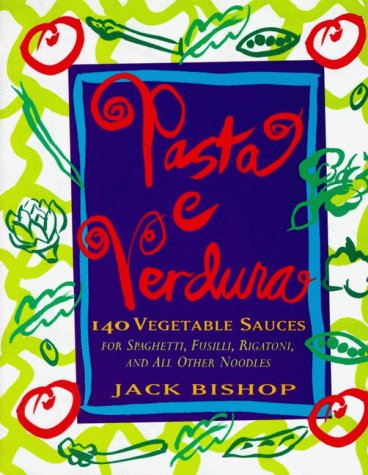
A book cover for Pasta e Verdura: 140 Vegetable Sauces for Spaghetti, Fusilli, Rigatoni, and All Other Noodles; Jack Bishop; Cookbooks, Food & Wine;